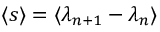
\langle s \rangle = \langle \lambda _ { n + 1 } - \lambda _ { n } \rangle